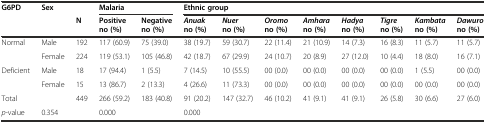
<table><thead><tr><td><b>G6PD</b></td><td><b>Sex</b></td><td></td><td colspan="2"><b>Malaria</b></td><td colspan="8"><b>Ethnic group</b></td></tr><tr><td></td><td></td><td><b>N</b></td><td><b>Positive no (%)</b></td><td><b>Negative no (%)</b></td><td><b><i>Anuak</i>no (%)</b></td><td><b><i>Nuer</i>no (%)</b></td><td><b><i>Oromo</i>no (%)</b></td><td><b><i>Amhara</i>no (%)</b></td><td><b><i>Hadya</i>no (%)</b></td><td><b><i>Tigre</i>no (%)</b></td><td><b><i>Kambata</i>no (%)</b></td><td><b><i>Dawuro</i>no (%)</b></td></tr></thead><tbody><tr><td>Normal</td><td>Male</td><td>192</td><td>117 (60.9)</td><td>75 (39.0)</td><td>38 (19.7)</td><td>59 (30.7)</td><td>22 (11.4)</td><td>21 (10.9)</td><td>14 (7.3)</td><td>16 (8.3)</td><td>11 (5.7)</td><td>11 (5.7)</td></tr><tr><td></td><td>Female</td><td>224</td><td>119 (53.1)</td><td>105 (46.8)</td><td>42 (18.7)</td><td>67 (29.9)</td><td>24 (10.7)</td><td>20 (8.9)</td><td>27 (12.0)</td><td>10 (4.4)</td><td>18 (8.0)</td><td>16 (7.1)</td></tr><tr><td>Deficient</td><td>Male</td><td>18</td><td>17 (94.4)</td><td>1 (5.5)</td><td>7 (14.5)</td><td>10 (55.5)</td><td>00 (0.0)</td><td>00 (0.0)</td><td>00 (0.0)</td><td>00 (0.0)</td><td>1 (5.5)</td><td>00 (0.0)</td></tr><tr><td></td><td>Female</td><td>15</td><td>13 (86.7)</td><td>2 (13.3)</td><td>4 (26.6)</td><td>11 (73.3)</td><td>00 (0.0)</td><td>00 (0.0)</td><td>00 (0.0)</td><td>00 (0.0)</td><td>00 (0.0)</td><td>00 (0.0)</td></tr><tr><td>Total</td><td></td><td>449</td><td>266 (59.2)</td><td>183 (40.8)</td><td>91 (20.2)</td><td>147 (32.7)</td><td>46 (10.2)</td><td>41 (9.1)</td><td>41 (9.1)</td><td>26 (5.8)</td><td>30 (6.6)</td><td>27 (6.0)</td></tr><tr><td><i>p</i>-value</td><td>0.354</td><td></td><td>0.000</td><td></td><td>0.000</td><td></td><td></td><td></td><td></td><td></td><td></td><td></td></tr></tbody></table>